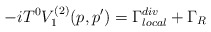
\begin{align*}-iT^{0}V_{1}^{(2)}(p,p^{\prime })=\Gamma _{local}^{div}+\Gamma _{R}\end{align*}